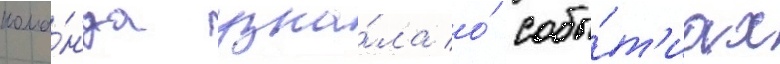
кома́нда узна́ла о́ собы́т'иах